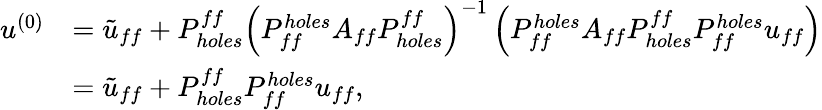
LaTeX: \begin{array}{rl}{u^{(0)}}&{=\tilde{u}_{ff}+P_{holes}^{ff}\left(P_{ff}^{holes}A_{ff}P_{holes}^{ff}\right)^{-1}\left(P_{ff}^{holes}A_{ff}P_{holes}^{ff}P_{ff}^{holes}u_{ff}\right)}\\ &{=\tilde{u}_{ff}+P_{holes}^{ff}P_{ff}^{holes}u_{ff},}\end{array}